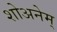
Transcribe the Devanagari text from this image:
शोअनेम्